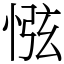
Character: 惤